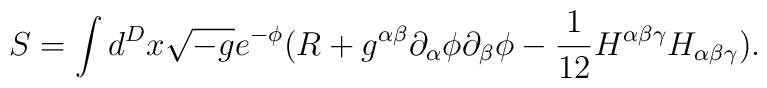
S=\int d^Dx\sqrt{-g}e^{-\phi }(R+g^{\alpha \beta }\partial _\alpha \phi\partial _\beta \phi -\frac 1{12}H^{\alpha \beta \gamma }H_{\alpha \beta\gamma }).